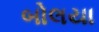
બોલયા